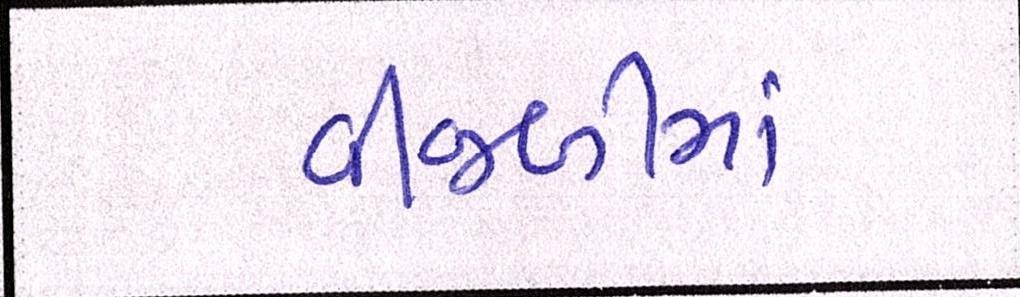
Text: વીજળીમાં